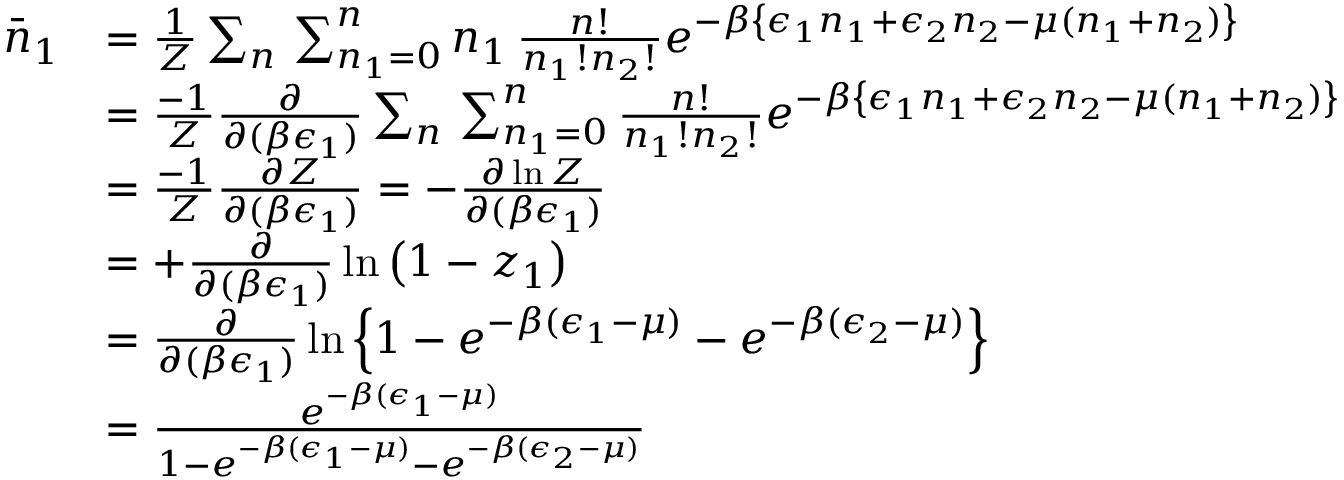
\begin{array} { r l } { \bar { n } _ { 1 } } & { = \frac { 1 } { Z } \sum _ { n } \, \sum _ { n _ { 1 } = 0 } ^ { n } n _ { 1 } \, \frac { n ! } { n _ { 1 } ! n _ { 2 } ! } e ^ { - \beta \left\{ \epsilon _ { 1 } n _ { 1 } + \epsilon _ { 2 } n _ { 2 } - \mu ( n _ { 1 } + n _ { 2 } ) \right\} } } \\ & { = \frac { - 1 } { Z } \frac { \partial } { \partial ( \beta \epsilon _ { 1 } ) } \sum _ { n } \, \sum _ { n _ { 1 } = 0 } ^ { n } \frac { n ! } { n _ { 1 } ! n _ { 2 } ! } e ^ { - \beta \left\{ \epsilon _ { 1 } n _ { 1 } + \epsilon _ { 2 } n _ { 2 } - \mu ( n _ { 1 } + n _ { 2 } ) \right\} } } \\ & { = \frac { - 1 } { Z } \frac { \partial Z } { \partial ( \beta \epsilon _ { 1 } ) } = - \frac { \partial \ln Z } { \partial ( \beta \epsilon _ { 1 } ) } } \\ & { = + \frac { \partial } { \partial ( \beta \epsilon _ { 1 } ) } \ln \left( 1 - z _ { 1 } \right) } \\ & { = \frac { \partial } { \partial ( \beta \epsilon _ { 1 } ) } \ln \left\{ 1 - e ^ { - \beta ( \epsilon _ { 1 } - \mu ) } - e ^ { - \beta ( \epsilon _ { 2 } - \mu ) } \right\} } \\ & { = \frac { e ^ { - \beta ( \epsilon _ { 1 } - \mu ) } } { 1 - e ^ { - \beta ( \epsilon _ { 1 } - \mu ) } - e ^ { - \beta ( \epsilon _ { 2 } - \mu ) } } } \end{array}